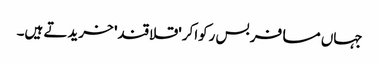
جہاں مسافر بس رکواکر 'قلاقند' خریدتے ہیں۔